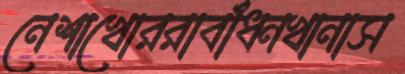
নেশাখোররাবাঁধনখানাস